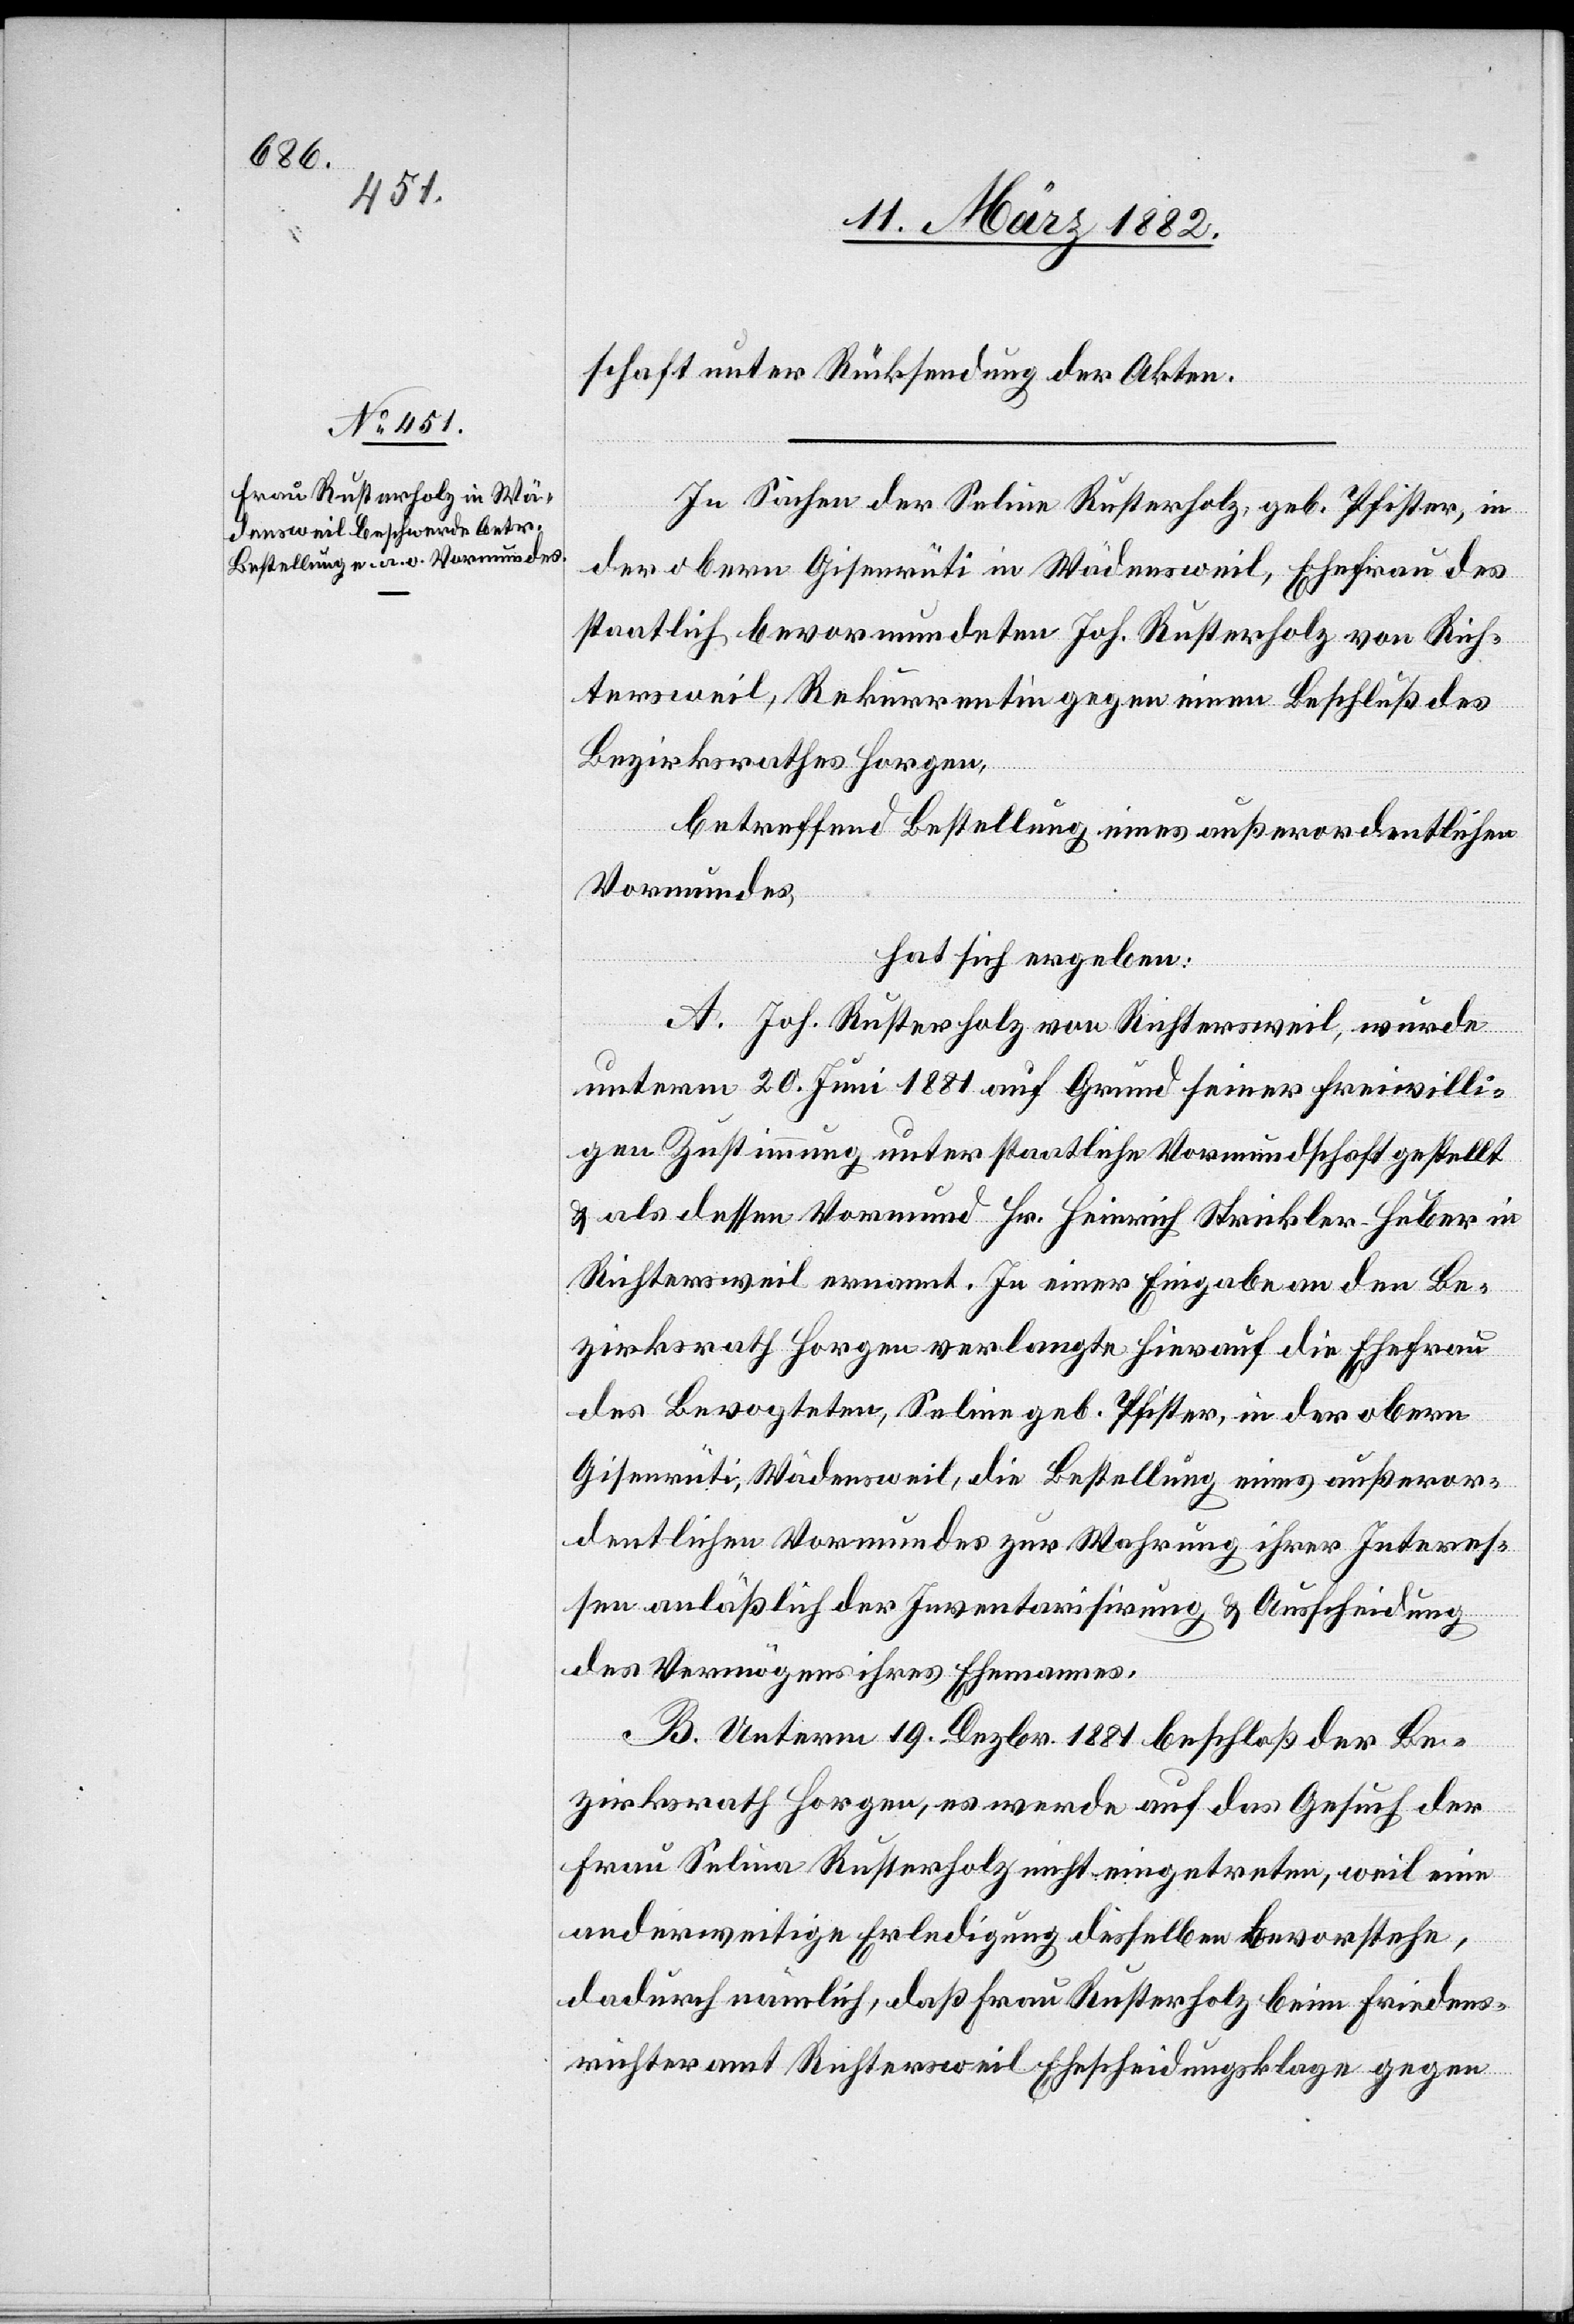
schaft unter Rücksendung der Akten.
In Sachen der Seline Rusterholz, geb. Pfister, in
der obern Gisenrüti in Wädensweil, Ehefrau des
staatlich bevormundeten Joh. Rusterholz von Rich¬
tersweil, Rekurrentin gegen einen Beschluß des
Bezirksrathes Horgen,
betreffend Bestellung eines außerordentlichen
Vormundes,
hat sich ergeben:
A. Joh. Rusterholz von Richterweil, wurde
unterm 20. Juni 1881 auf Grund seiner freiwilli¬
gen Zustimmung unter staatliche Vormundschaft gestellt
& als dessen Vormund Hr. Heinrich Strickler-Huber in
Richtersweil ernannt. In einer Eingabe an den Be¬
zirksrath Horgen verlangte hierauf die Ehefrau
des Bevogteten, Seline geb. Pfister, in der obern
Gisenrüti, Wädensweil, die Bestellung eines außeror¬
dentlichen Vormundes zur Wahrung ihrer Interes¬
sen anläßlich der Inventarisierung & Ausscheidung
des Vermögens ihres Ehemannes.
B. Unterm 19. Dezbr. 1881 beschloß der Be¬
zirksrath Horgen, es werde auf das Gesuch der
Frau Selina [sic!] Rusterholz nicht eingetreten, weil eine
anderweitige Erledigung desselben bevorstehe,
dadurch nämlich, daß Frau Rusterholz beim Friedens¬
richteramt Richtersweil Ehescheidungsklage gegen